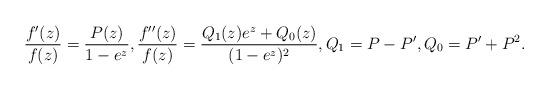
LaTeX: \begin{align*} \frac{f'(z)}{f(z)} = \frac{P(z)}{1- e^z } , \frac{f''(z)}{f(z)} = \frac{Q_1(z)e^z + Q_0(z)}{(1-e^z)^2} , Q_1 = P - P', Q_0 = P'+ P^2 .\end{align*}